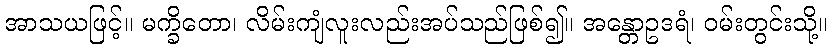
အာသယဖြင့်။ မက္ခိတော၊ လိမ်းကျံလူးလည်းအပ်သည်ဖြစ်၍။ အန္တောဥဒရံ၊ ဝမ်းတွင်းသို့။